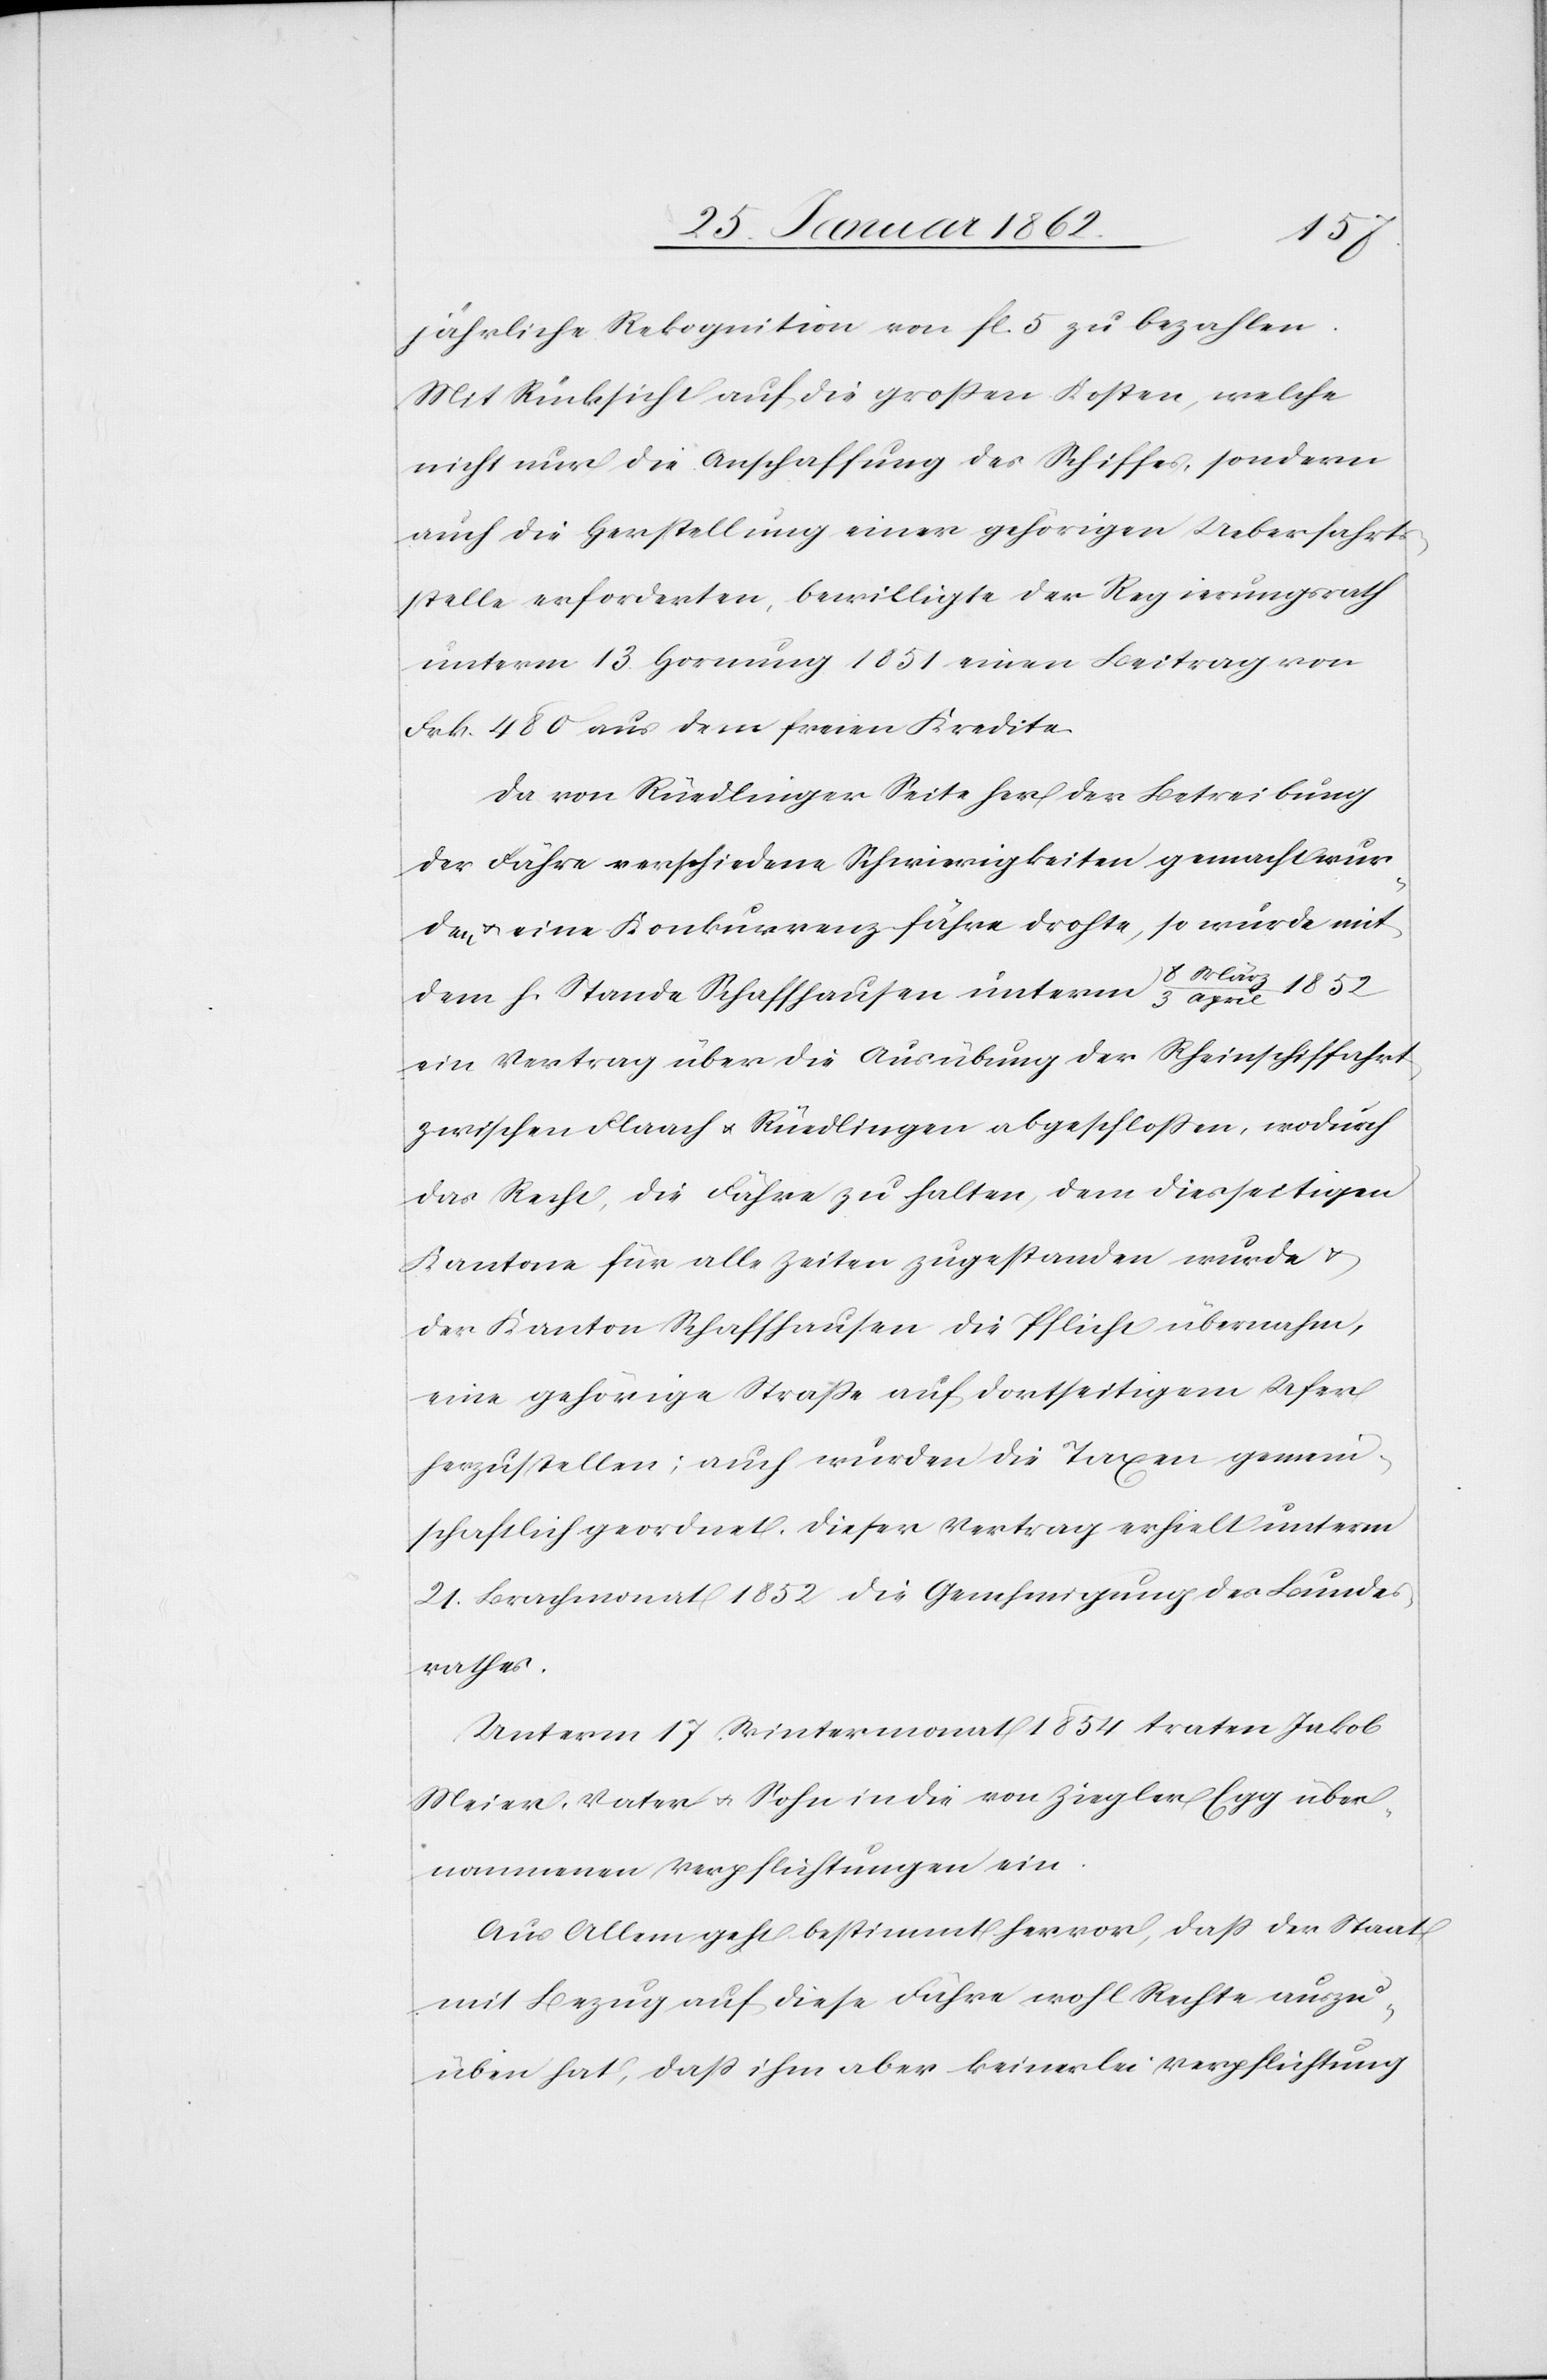
jährliche Rekognition von fl. 5 zu bezahlen.
Mit Rücksicht auf die großen Kosten, welche
nicht nur die Anschaffung des Schiffes, sondern
auch die Herstellung einer gehörigen Ueberfahrts¬
stelle erforderten, bewilligte der Regierungsrath
unterm 13. Hornung 1851 einen Beitrag von
Frk. 480 aus dem freien Kredite.
Da von Rüdlinger Seite her der Betreibung
der Fähre verschiedene Schwierigkeiten gemacht wur¬
den u. eine Konkurrenzfähre drohte, so wurde mit
dem h. Stande Schaffhausen unterm 8 März/3 April 1852
ein Vertrag über die Ausübung der Rheinschiffahrt
zwischen Flaach u. Rüdlingen abgeschloßen, wodurch
das Recht, die Fähre zu halten, dem diesseitigen
Kantone für alle Zeiten zugestanden wurde u.
der Kanton Schaffhausen die Pflicht übernahm,
eine gehörige Straße auf dortseitigem Ufer
herzustellen; auch wurden die Taxen gemein¬
schaftlich geordnet. Dieser Vertrag erhielt unterm
21. Brachmonat 1852 die Genehmigung des Bundes¬
rathes.
Unterm 17. Wintermonat 1854 traten Jakob
Meier, Vater u. Sohn in die von Ziegler Egg über¬
nommenen Verpflichtungen ein.
Aus Allem geht bestimmt hervor, daß der Staat
mit Bezug auf diese Fähre wohl Rechte auszu¬
üben hat, daß ihm aber keinerlei Verpflichtung